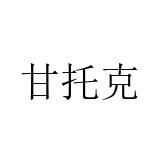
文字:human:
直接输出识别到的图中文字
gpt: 甘托克